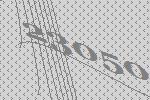
23050